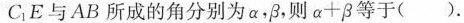
C_{1}E与AB所成的角分别为α，β，则$$α + β$$等于( )。